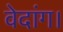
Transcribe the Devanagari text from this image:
वेदांग।